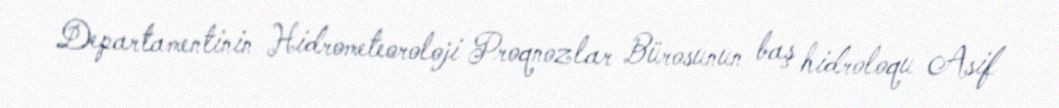
Departamentinin Hidrometeoroloji Proqnozlar Bürosunun baş hidroloqu Asif